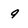
Character: 9